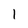
Character: 1